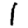
Digit: 1